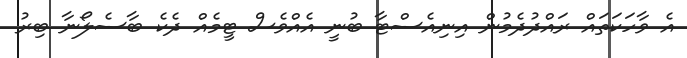
އެ ވާހަކަތައް ރައްދުދެމުން އިނިއެސްޓާ ބުނީ އެއްވެސް ޓީމެއް ދެކެ ބާސެލޯނާ ބިރު